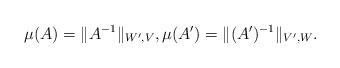
LaTeX: \begin{align*} \mu(A)=\|A^{-1}\|_{W',V},\mu(A')=\|(A')^{-1}\|_{V',W}. \end{align*}